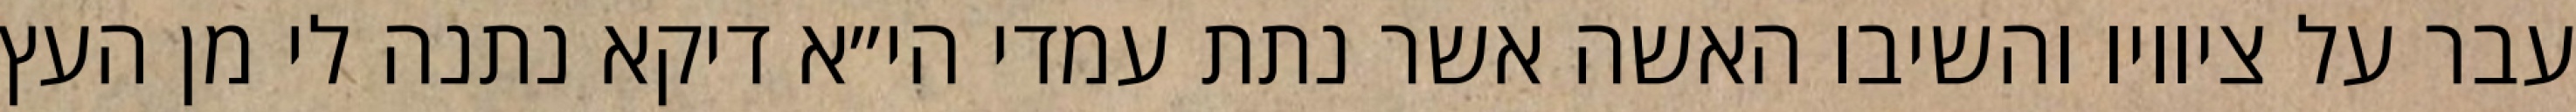
עבר על ציוויו והשיבו האשה אשר נתת עמדי הי״א דיקא נתנה לי מן העץ